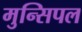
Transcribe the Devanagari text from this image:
मुन्सिपल